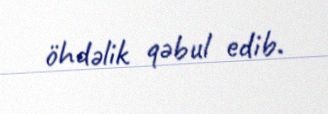
öhdəlik qəbul edib.